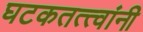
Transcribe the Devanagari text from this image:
घटकतत्त्वांनी